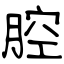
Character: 腔